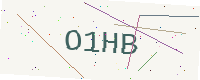
Text: O1HB